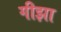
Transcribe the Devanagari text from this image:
गीझा